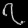
Digit: ၇